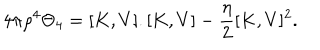
4 \pi \rho ^ { 4 } \Theta _ { 4 } = [ K , V ] . [ K , V ] - \frac { \eta } { 2 } [ K , V ] ^ { 2 } .